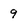
Character: 9